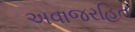
અવાજરહિત